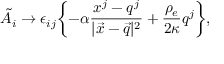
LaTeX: \tilde { A } _ { i } \rightarrow \epsilon _ { i j } \biggl \{ - \alpha \frac { x ^ { j } - q ^ { j } } { | \vec { x } - \vec { q } | ^ { 2 } } + \frac { \rho _ { e } } { 2 \kappa } q ^ { j } \biggr \} ,